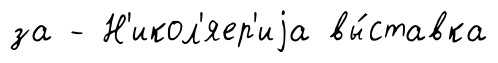
за - Н'икол'яер'иjа вы́ставка